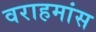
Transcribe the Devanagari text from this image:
वराहमांस